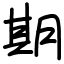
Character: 期